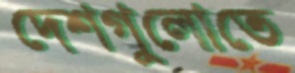
দেশগুলোতে